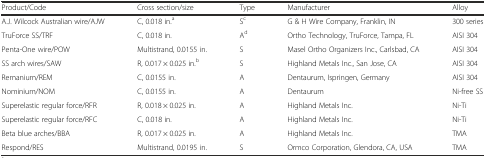
| Product/Code | Cross section/size | Type | Manufacturer | Alloy |
 | --- | --- | --- | --- | --- |
 | A.J. Wilcock Australian wire/AJW | C, 0.018 in.a | Sc | G & H Wire Company, Franklin, IN | 300 series |
 | TruForce SS/TRF | C, 0.018 in. | Ad | Ortho Technology, TruForce, Tampa, FL | AISI 304 |
 | Penta-One wire/POW | Multistrand, 0.0155 in. | S | Masel Ortho Organizers Inc., Carlsbad, CA | AISI 304 |
 | SS arch wires/SAW | R, 0.017 × 0.025 in.b | S | Highland Metals Inc., San Jose, CA | AISI 304 |
 | Remanium/REM | C, 0.0155 in. | A | Dentaurum, Ispringen, Germany | AISI 304 |
 | Nominium/NOM | C, 0.0155 in. | A | Dentaurum | Ni-free SS |
 | Superelastic regular force/RFR | R, 0.018 × 0.025 in. | A | Highland Metals Inc. | Ni-Ti |
 | Superelastic regular force/RFC | C, 0.018 in. | A | Highland Metals Inc. | Ni-Ti |
 | Beta blue arches/BBA | R, 0.017 × 0.025 in. | A | Highland Metals Inc. | TMA |
 | Respond/RES | Multistrand, 0.0195 in. | S | Ormco Corporation, Glendora, CA, USA | TMA |